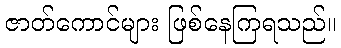
ဇာတ်ကောင်များ ဖြစ်နေကြရသည်။